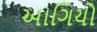
આગિયો